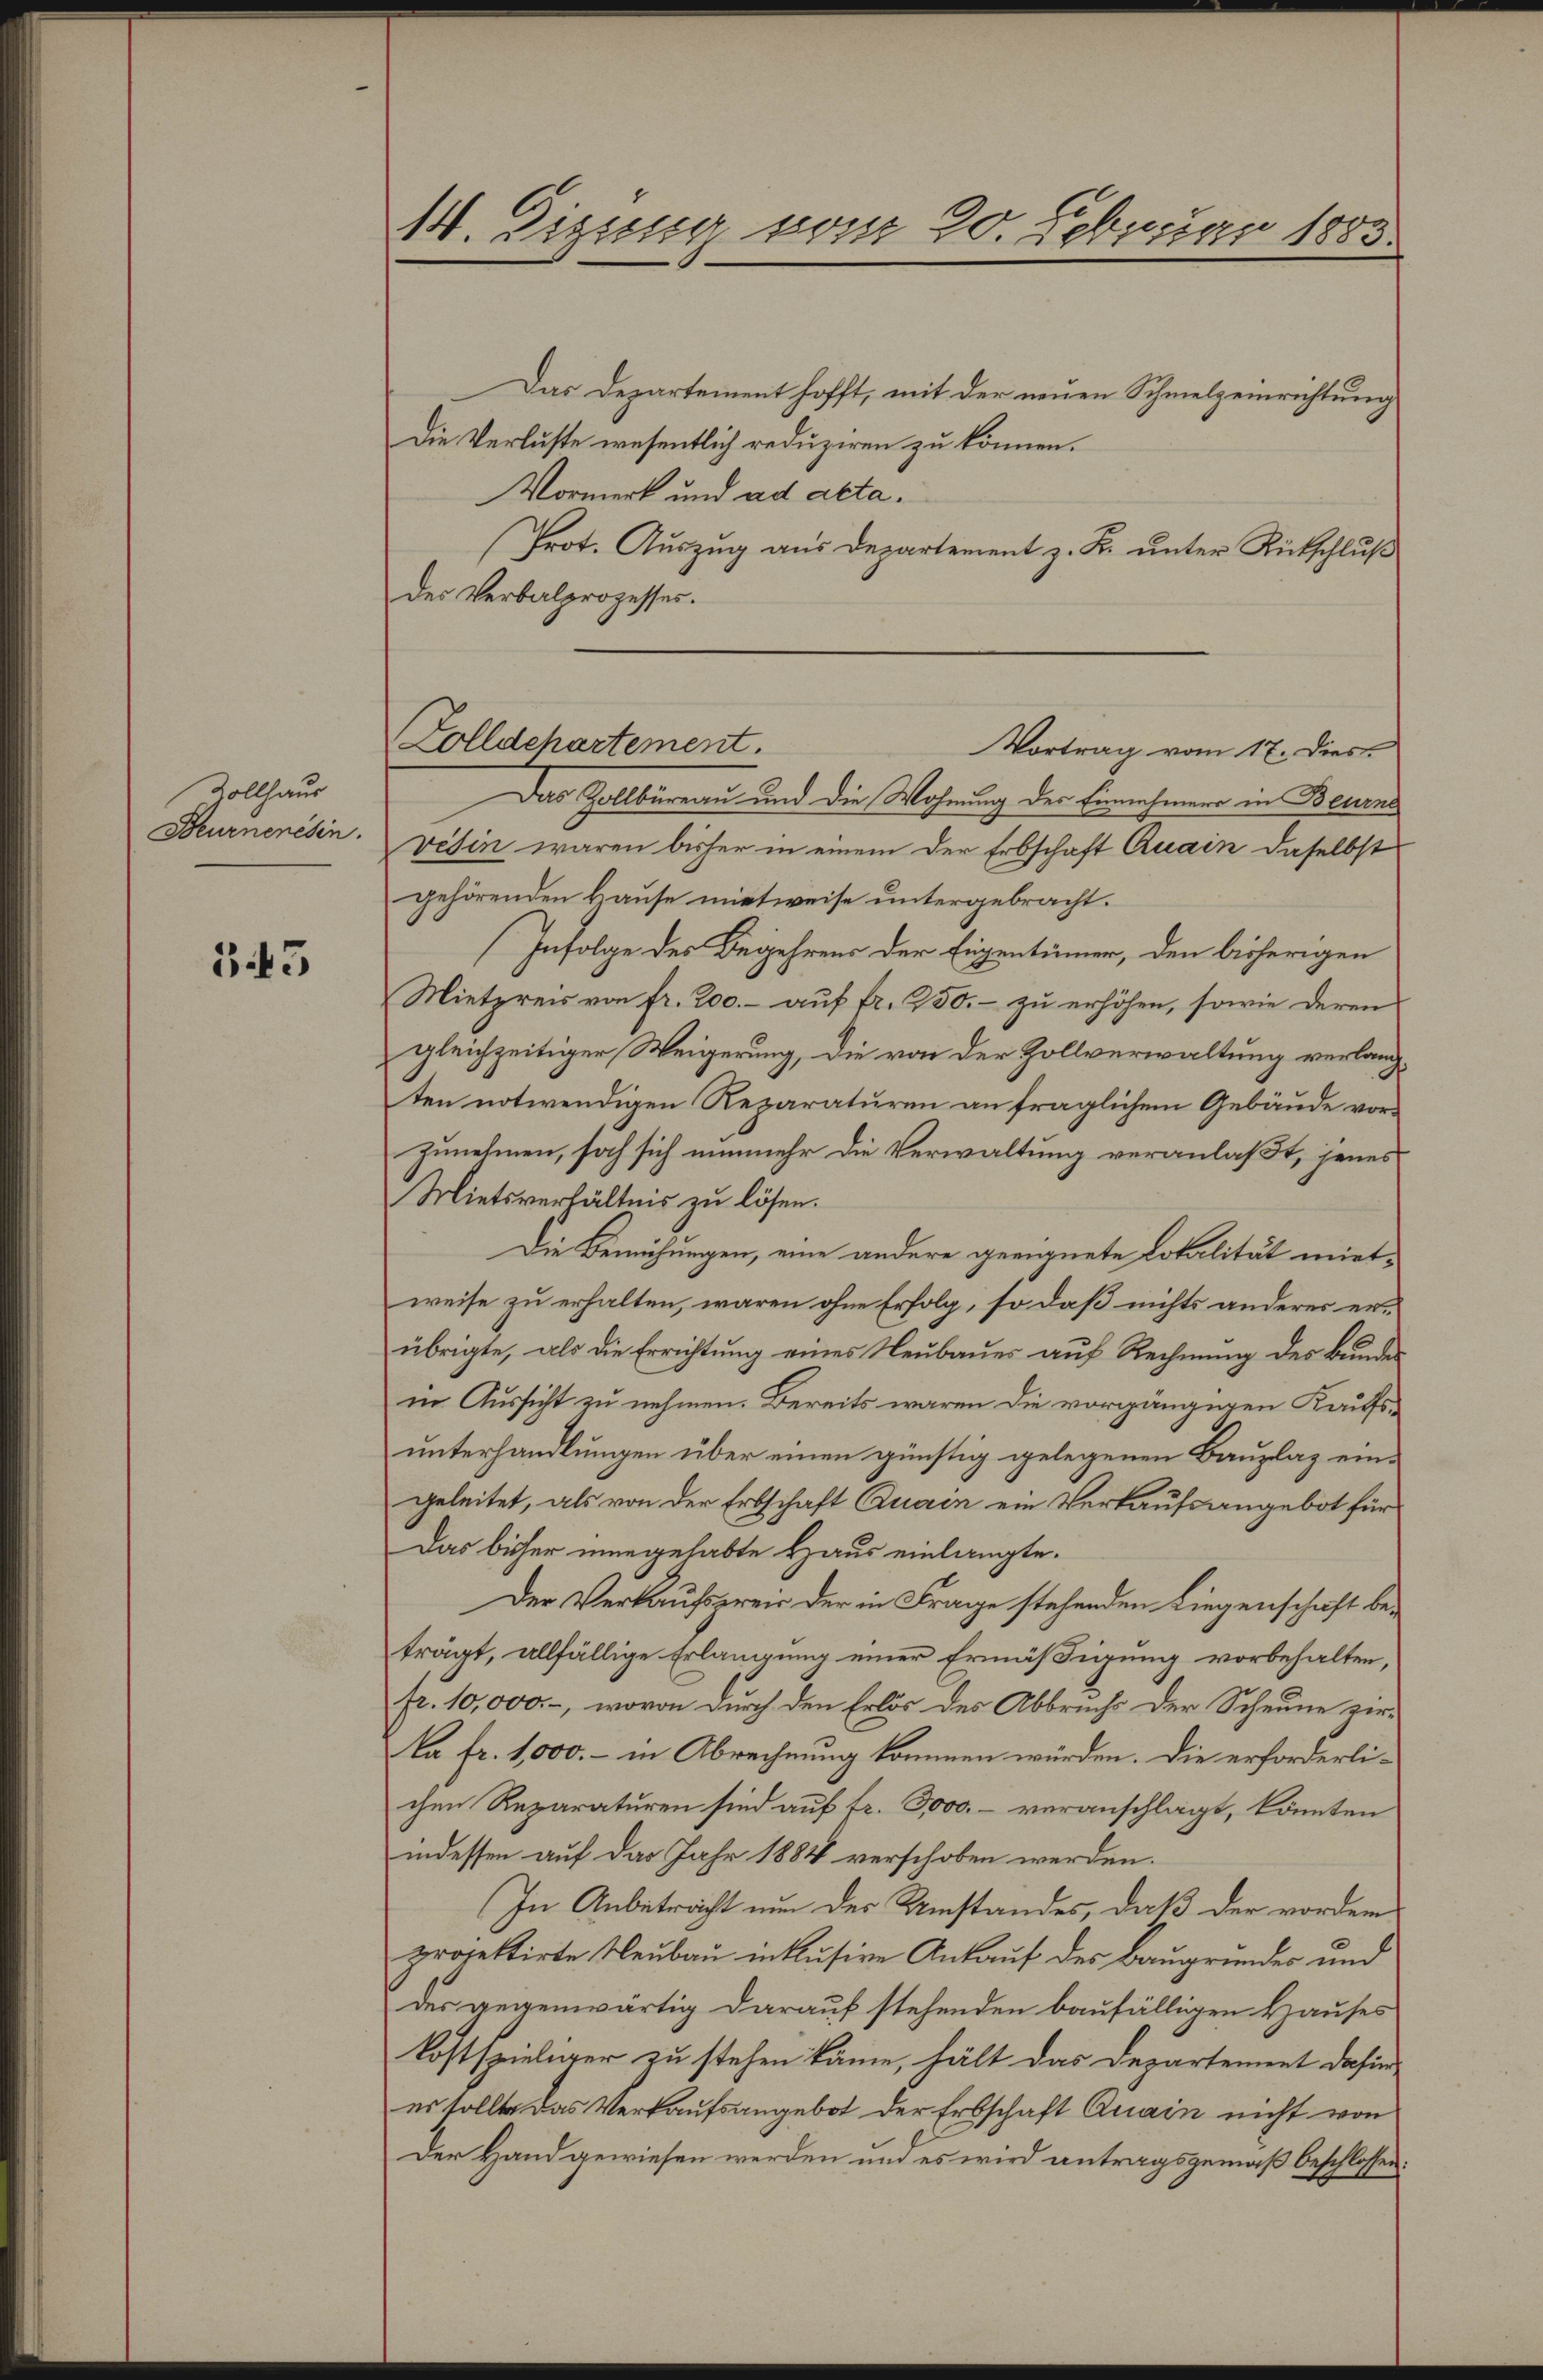
Zollhaus
Beurnenesen.

343

14. Digung vom 20. Februar 1883.

Zolldepartement.
Vortrag vom 17. Dies

Das Departement hofft, mit der neuen Schmelzeinrichtung
Die Verluste wesentlich reduziren zu können.
Vormerk und ad acta.
Prot. Auszug aus Departement z. K. unter Rütschluß
des Verbalprozesses.
Das Zollbüreau und die Wohnung der Einnahmens in Bessens
Vesin waren bisher in einem der Erbschaft Quain daselbst
gehörenden kause mietweise untergebracht.
Infolge des Begehrens der Eigentümer, den bisherigen
Mietzreis von fr. 200.- auf fr. 250. – zu erhöhen, sowie deren
gleichzeitiger Weigerung, die von der Zollverwaltung verlang
ten notwendigen Reparaturen an fraglichem Gebäude vorzunehmen, soch sich nunmehr die Verwaltung veranlaßt, jenes
Mietsverhältnis zu lösen.
Die Bemühungen, eine andere geeignete Lokalität mietweise zu erhalten, waren ohne Erfolg, so daß nichts anderes erübrigte, als die Errichtung eines Neubaues auf Rechnung des Bundes
in Aussicht zu nehmen. Bereits waren die vorgängigen Kaufsunterhandlungen über einen günstig gelegenen Bauplag eingeleitet, als von der Erbschaft Quain ein Verkaufsangebot für
Das bisher eingehabte Haus einlangte.
Der Verkaufspreis der in Frage stehenden Liegenschaft beträgt, allfällige Erlangung einer Ermäßigung vorbehalten,
fr. 10,000.-, wovon durch den Erlös des Abbruchs der Scheune zir-
Na fr. 1,000.- in Abrechnung kommen würden. Die erforderlichen Reparaturen sind auf fr. 3000.- veranschlagt, könnten
indessen auf das Jahr 1884 verschoben werden.
In Anbetracht nun der Umstandes, daß der vordem
projektirte Neubau in klusive Ankauf des Baugrundes und
der gegenwärtig darauf stehenden baufälligen Hauses
kostspieliger zu stehen käme, hält das Departement dahin-
es sollte das Verkaufsangebot der Erbschaft Quain nicht von
Der Hand gewiesen werden und es wird antragsgemäß beschlossen: